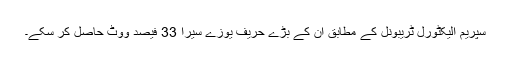
سپریم الیکٹورل ٹریبونل کے مطابق ان کے بڑے حریف یوزے سیرا 33 فیصد ووٹ حاصل کر سکے۔